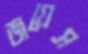
জয়েস